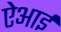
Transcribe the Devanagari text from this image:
ऐआई